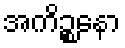
အကိဉ္စနော